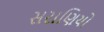
સરાણિયો